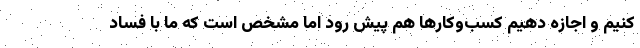
کنیم و اجازه دهیم کسب‌وکارها هم پیش رود اما مشخص است که ما با فساد